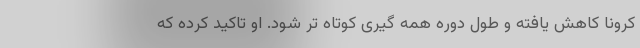
کرونا کاهش یافته و طول دوره همه گیری کوتاه تر شود. او تاکید کرده که